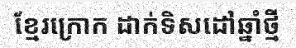
ខ្មែរក្រោក ដាក់ទិសដៅឆ្នាំថ្មី